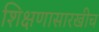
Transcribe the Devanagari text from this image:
शिक्षणासारखीच